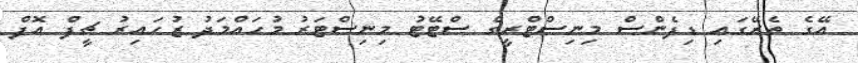
އޭގެ ތެރޭގައި ޑިފެންސް މިނިސްޓްރީގެ ސްޓޭޓު މިނިސްޓަރު މުހައްމަދު ޒުހައިރު ޗީފް އޮފް